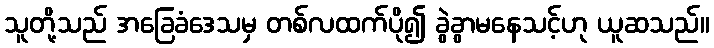
သူတို့သည် အခြေခံဒေသမှ တစ်လထက်ပို၍ ခွဲခွာမနေသင့်ဟု ယူဆသည်။